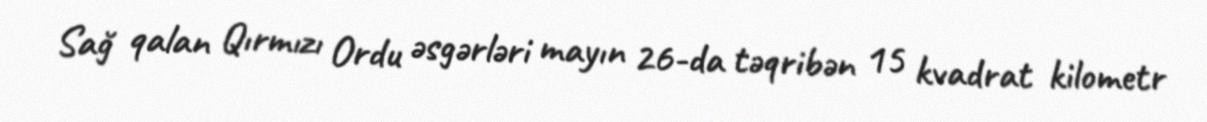
Sağ qalan Qırmızı Ordu əsgərləri mayın 26-da təqribən 15 kvadrat kilometr